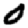
Digit: 0